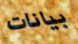
بيانات